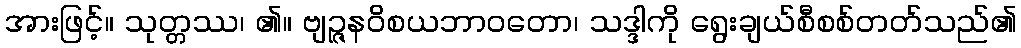
အားဖြင့်။ သုတ္တဿ၊ ၏။ ဗျဉ္ဇနဝိစယဘာဝတော၊ သဒ္ဒါကို ရွေးချယ်စီစစ်တတ်သည်၏